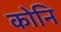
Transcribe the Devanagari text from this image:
कोनि